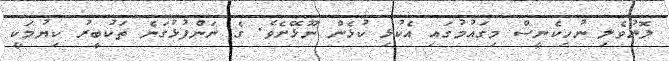
ލޮނުވެލި ނުހިކެނީސް މިގައުމުގައި އެކުޅި ކުޅެން ނޫޅޭށެވެ. ގެ ނަންފުޅުގަނެ ތަކުބީރު ކިޔުމަކީ